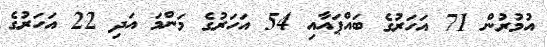
އުމުރުން 71 އަހަރުގެ ބައްޕައާއި 54 އަހަރުގެ މަންމަ އަދި 22 އަހަރުގެ